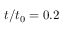
t / t _ { 0 } = 0 . 2